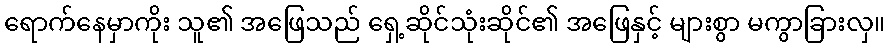
ရောက်နေမှာကိုး သူ၏ အဖြေသည် ရှေ့ဆိုင်သုံးဆိုင်၏ အဖြေနှင့် များစွာ မကွာခြားလှ။